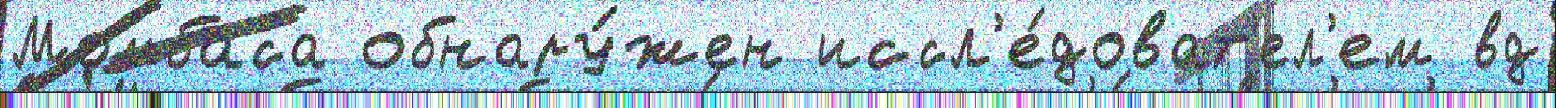
Момбаса обнару́жен иссл'е́доват'ел'ем вд